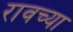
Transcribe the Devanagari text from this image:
रावच्या